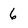
Character: 6